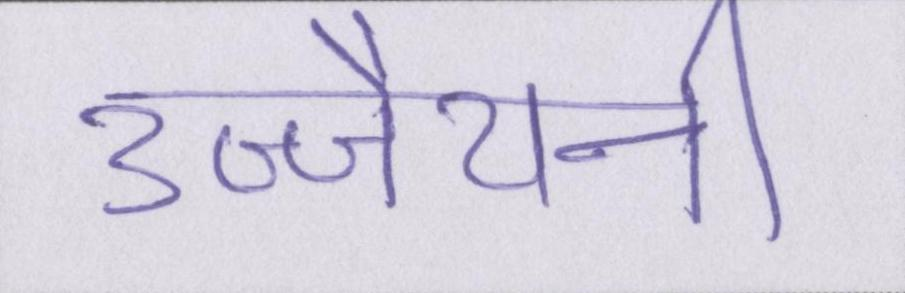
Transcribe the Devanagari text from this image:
उज्जैयनी